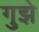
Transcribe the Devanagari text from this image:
गुझे